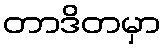
တာဒိတမှာ